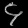
Digit: ၄